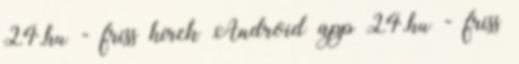
24.hu - friss hírek Android app 24.hu - friss